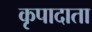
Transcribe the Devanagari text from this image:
कृपादाता